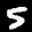
Label: 5